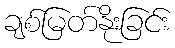
ချစ်မြတ်နိုးခြင်း